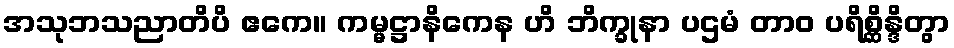
အသုဘသညာတိပိ ဧကေ။ ကမ္မဋ္ဌာနိကေန ဟိ ဘိက္ခုနာ ပဌမံ တာဝ ပရိစ္ဆိန္ဒိတွာ